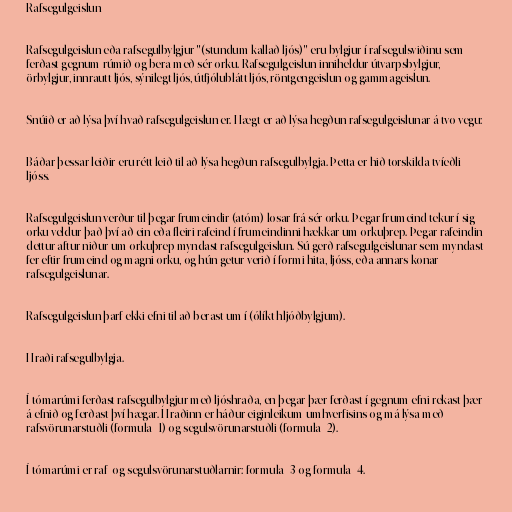
Rafsegulgeislun

Rafsegulgeislun eða rafsegulbylgjur "(stundum kallað ljós)" eru bylgjur í rafsegulsviðinu sem
ferðast gegnum rúmið og bera með sér orku. Rafsegulgeislun inniheldur útvarpsbylgjur,
örbylgjur, innrautt ljós, sýnilegt ljós, útfjólublátt ljós, röntgengeislun og gammageislun.

Snúið er að lýsa því hvað rafsegulgeislun er. Hægt er að lýsa hegðun rafsegulgeislunar á tvo vegu:

Báðar þessar leiðir eru rétt leið til að lýsa hegðun rafsegulbylgja. Þetta er hið torskilda tvíeðli
ljóss.

Rafsegulgeislun verður til þegar frumeindir (atóm) losar frá sér orku. Þegar frumeind tekur í sig
orku veldur það því að ein eða fleiri rafeind í frumeindinni hækkar um orkuþrep. Þegar rafeindin
dettur aftur niður um orkuþrep myndast rafsegulgeislun. Sú gerð rafsegulgeislunar sem myndast
fer eftir frumeind og magni orku, og hún getur verið í formi hita, ljóss, eða annars konar
rafsegulgeislunar.

Rafsegulgeislun þarf ekki efni til að berast um í (ólíkt hljóðbylgjum).

Hraði rafsegulbylgja.

Í tómarúmi ferðast rafsegulbylgjur með ljóshraða, en þegar þær ferðast í gegnum efni rekast þær
á efnið og ferðast því hægar. Hraðinn er háður eiginleikum umhverfisins og má lýsa með
rafsvörunarstuðli (formula_1) og segulsvörunarstuðli (formula_2).

Í tómarúmi er raf- og segulsvörunarstuðlarnir: formula_3 og formula_4.